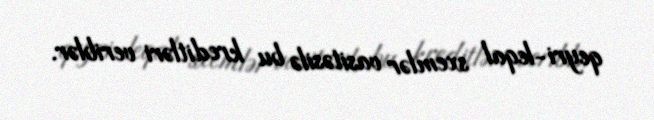
qeyri-leqal sxemlər vasitəsilə bu kreditləri veriblər.